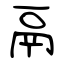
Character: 鬲